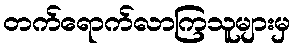
တက်ရောက်လာကြသူများမှ